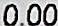
0.00